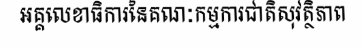
អគ្គលេខាធិការនៃគណៈកម្មការជាតិសុវត្ថិភាព